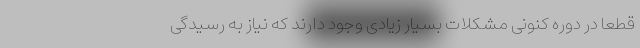
قطعا در دوره کنونی مشکلات بسیار زیادی وجود دارند که نیاز به رسیدگی